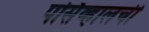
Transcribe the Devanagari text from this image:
पर्सिव्हालची